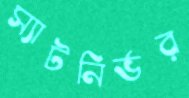
স্যাটনির্ভর